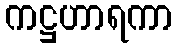
ကဋ္ဌဟာရကာ